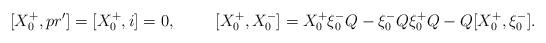
LaTeX: \begin{align*}[X^+_0 , pr'] = [X^+_0 , i] =0,\hspace{1cm}[X^+_0 , X^-_0] = X_0^+ \xi^-_0 Q - \xi^-_0 Q \xi^+_0 Q - Q[X^+_0,\xi^-_0].\end{align*}